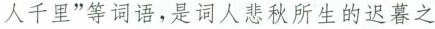
人千里”等词语，是词人悲秋所生的迟暮之